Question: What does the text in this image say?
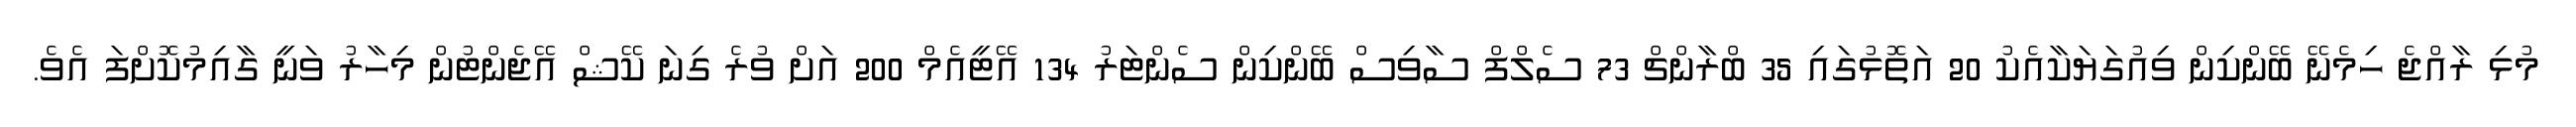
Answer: މުޅި ރާއްޖެ ހިމެނޭ ބޭންކިން ވިއުގަޔަކާއެކު 20 އަތޮޅުގައި 35 ބްރާންޗް 73 ސެލްފް ސާވިސް ބޭންކިން ސެންޓަރު 134 އޭޓީއެމް 200 އަށް ވުރެ ގިނަ ކޭޝް އޭޖެންޓުން މިހާރު ވަނީ ގާއިމުކޮށްފަ އެވެ.